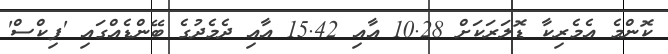
ކޮންމެ އެމެރިކާ ޑޮލަރަކަށް 10.28 އާއި 15.42 އާއި ދެމެދުގެ ބޭންޑެއްގައި 'ފިކްސް'